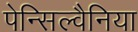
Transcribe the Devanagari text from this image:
पेन्सिल्वैनिया